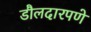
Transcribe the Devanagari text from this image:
डौलदारपणे